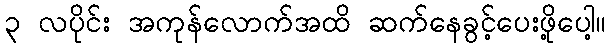
၃ လပိုင်း အကုန်လောက်အထိ ဆက်နေခွင့်ပေးဖို့ပေါ့။